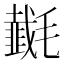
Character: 𰚵